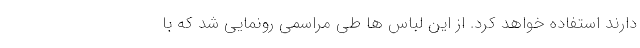
دارند استفاده خواهد کرد. از این لباس ها طی مراسمی رونمایی شد که با